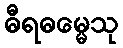
ဓီရဓမ္မေသု